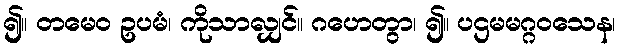
၍။ တမေဝ ဥပမံ၊ ကိုသာလျှင်။ ဂဟေတွာ၊ ၍။ ပဌမမဂ္ဂဝသေန၊